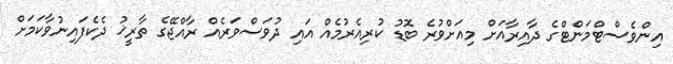
އިންވެސްޓްމަންޓްގެ ދާއިރާއަށް މިއަށްވުރެ ބޮޑު ކުރިއެރުމެއް އައި ދުވަސްވަރެއް ރާއްޖޭގެ ތާރީޚު ދެކެފައިނުވާކަމަށް